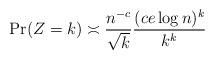
LaTeX: \begin{align*}\Pr(Z = k) \asymp \frac{n^{-c}}{\sqrt{k}} \frac{(c e \log n)^k}{k^k}\end{align*}